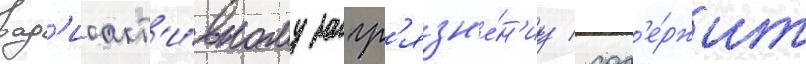
рад'иоакт'и́вному загр'язн'е́н'иу / сод'е́ржит